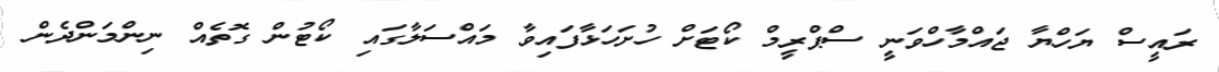
ރައީސް ޔަހްޔާ ޖައްމާހްވަނީ ސްޕްރީމް ކޯޓަށް ހުށަހަޅާފައިވާ މައްސަލާގައި ކޯޓުން ގޮތެއް ނިންމަންދެން